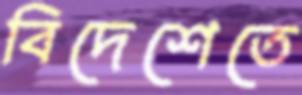
বিদেশেতে